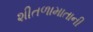
શીતળામાતાની